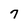
Character: 7